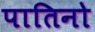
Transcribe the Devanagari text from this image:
पातिनो